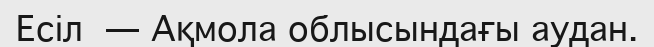
Есіл  — Ақмола облысындағы аудан.